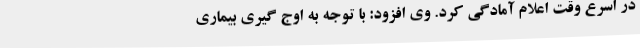
در اسرع وقت اعلام آمادگی کرد. وی افزود: با توجه به اوج گیری بیماری